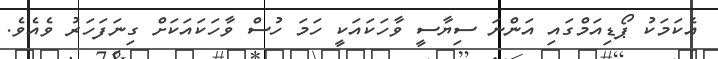
އެކަމަކު ޕޯޑިއަމްގައި އަންނަ ސިޔާސީ ވާހަކައަކީ ހަމަ ހުސް ވާހަކައަކަށް ގިނަފަހަރު ވެއެވެ.